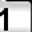
Digit: 1